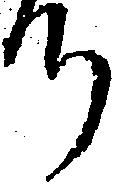
つ